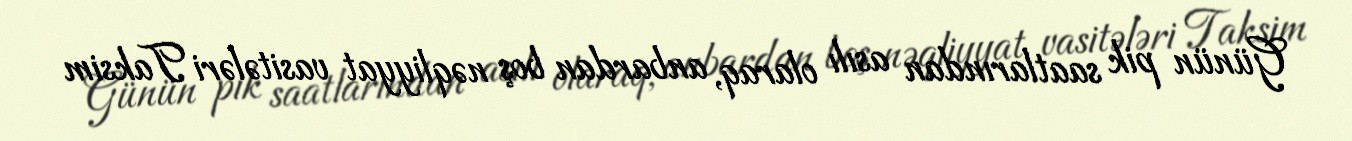
Günün pik saatlarından asılı olaraq, anbardan boş nəqliyyat vasitələri Taksim